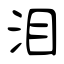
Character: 泪